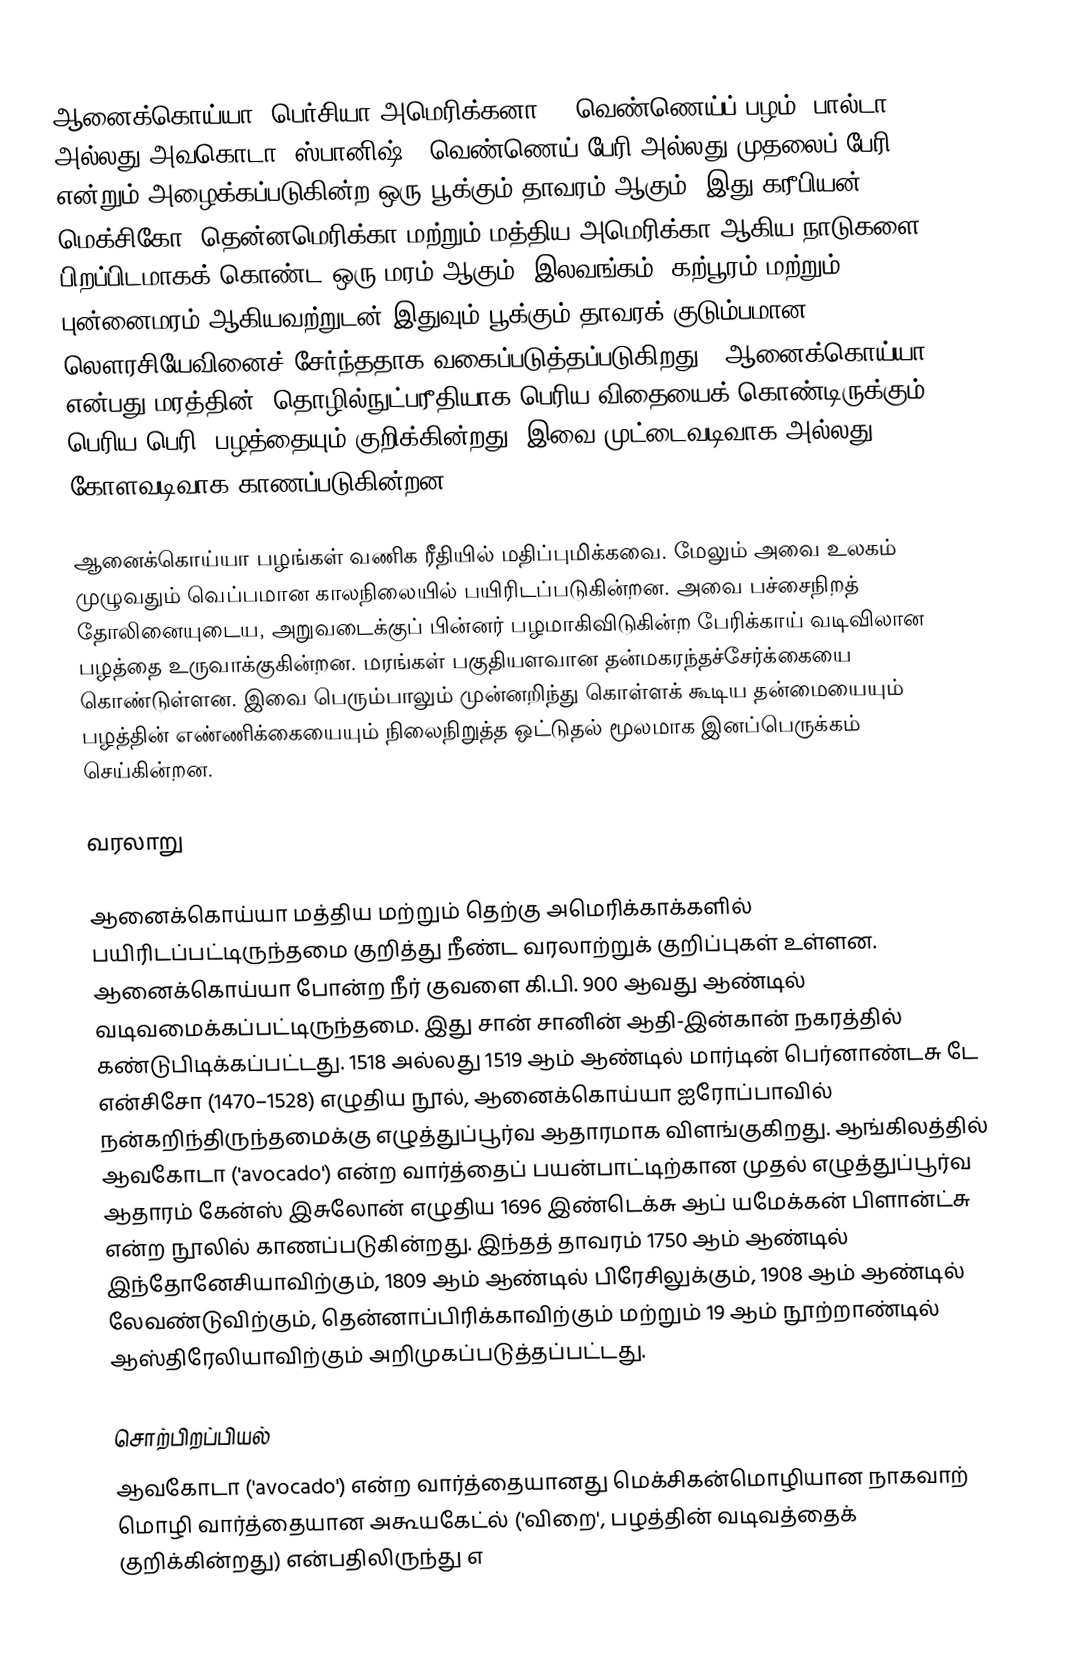
ஆனைக்கொய்யா (பெர்சியா அமெரிக்கனா ), வெண்ணெய்ப் பழம், பால்டா அல்லது அவகொடா (ஸ்பானிஷ்), வெண்ணெய் பேரி அல்லது முதலைப் பேரி என்றும் அழைக்கப்படுகின்ற ஒரு பூக்கும் தாவரம் ஆகும். இது கரீபியன், மெக்சிகோ, தென்னமெரிக்கா மற்றும் மத்திய அமெரிக்கா ஆகிய நாடுகளை பிறப்பிடமாகக் கொண்ட ஒரு மரம் ஆகும். இலவங்கம், கற்பூரம் மற்றும் புன்னைமரம் ஆகியவற்றுடன் இதுவும் பூக்கும் தாவரக் குடும்பமான லௌரசியேவினைச் சேர்ந்ததாக வகைப்படுத்தப்படுகிறது. "ஆனைக்கொய்யா" என்பது மரத்தின் (தொழில்நுட்பரீதியாக பெரிய விதையைக் கொண்டிருக்கும் பெரிய பெரி) பழத்தையும் குறிக்கின்றது. இவை முட்டைவடிவாக அல்லது கோளவடிவாக காணப்படுகின்றன.

ஆனைக்கொய்யா பழங்கள் வணிக ரீதியில் மதிப்புமிக்கவை. மேலும் அவை உலகம் முழுவதும் வெப்பமான காலநிலையில் பயிரிடப்படுகின்றன. அவை பச்சைநிறத் தோலினையுடைய, அறுவடைக்குப் பின்னர் பழமாகிவிடுகின்ற பேரிக்காய் வடிவிலான பழத்தை உருவாக்குகின்றன. மரங்கள் பகுதியளவான தன்மகரந்தச்சேர்க்கையை கொண்டுள்ளன. இவை பெரும்பாலும் முன்னறிந்து கொள்ளக் கூடிய தன்மையையும் பழத்தின் எண்ணிக்கையையும் நிலைநிறுத்த ஒட்டுதல் மூலமாக இனப்பெருக்கம் செய்கின்றன.

வரலாறு

ஆனைக்கொய்யா மத்திய மற்றும் தெற்கு அமெரிக்காக்களில் பயிரிடப்பட்டிருந்தமை குறித்து நீண்ட வரலாற்றுக் குறிப்புகள் உள்ளன. ஆனைக்கொய்யா போன்ற நீர் குவளை கி.பி. 900 ஆவது ஆண்டில் வடிவமைக்கப்பட்டிருந்தமை. இது சான் சானின் ஆதி-இன்கான் நகரத்தில் கண்டுபிடிக்கப்பட்டது. 1518 அல்லது 1519 ஆம் ஆண்டில் மார்டின் பெர்னாண்டசு டே என்சிசோ (1470–1528) எழுதிய நூல், ஆனைக்கொய்யா ஐரோப்பாவில் நன்கறிந்திருந்தமைக்கு எழுத்துப்பூர்வ ஆதாரமாக விளங்குகிறது. ஆங்கிலத்தில் ஆவகோடா ('avocado') என்ற வார்த்தைப் பயன்பாட்டிற்கான முதல் எழுத்துப்பூர்வ ஆதாரம் கேன்ஸ் இசுலோன் எழுதிய 1696 இண்டெக்சு ஆப் யமேக்கன் பிளான்ட்சு என்ற நூலில் காணப்படுகின்றது. இந்தத் தாவரம் 1750 ஆம் ஆண்டில் இந்தோனேசியாவிற்கும், 1809 ஆம் ஆண்டில் பிரேசிலுக்கும், 1908 ஆம் ஆண்டில் லேவண்டுவிற்கும், தென்னாப்பிரிக்காவிற்கும் மற்றும் 19 ஆம் நூற்றாண்டில் ஆஸ்திரேலியாவிற்கும் அறிமுகப்படுத்தப்பட்டது.

சொற்பிறப்பியல்
ஆவகோடா ('avocado') என்ற வார்த்தையானது மெக்சிகன்மொழியான நாகவாற் மொழி வார்த்தையான அகூயகேட்ல் ('விறை', பழத்தின் வடிவத்தைக் குறிக்கின்றது) என்பதிலிருந்து எ